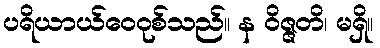
ပရိယာယ်ဝေဝုစ်သည်။ န ဝိဇ္ဇတိ၊ မရှိ။